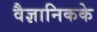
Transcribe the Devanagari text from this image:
वैज्ञानिकके